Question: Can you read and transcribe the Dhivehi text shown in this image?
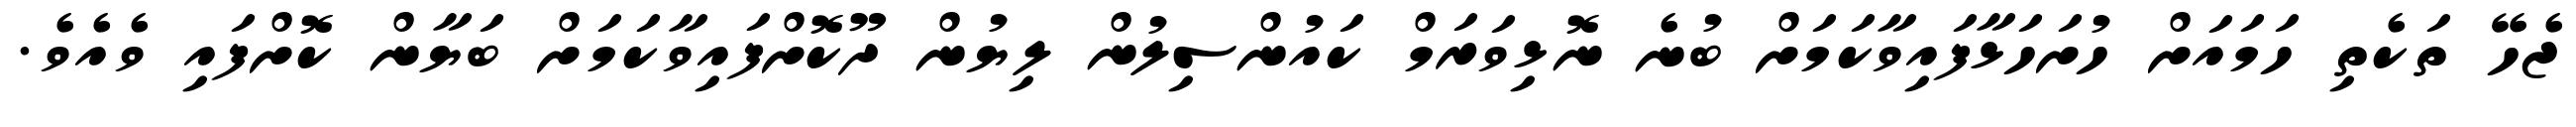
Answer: ޖެހޭ ތަކެތި ހަމައަށް ހުށަހަޅާފައިވާކަމަށް ބުނެ ނޮޅިވަރަމް ކައުންސިލުން ލިޔުން ދޫކޮށްފައިވާކަމަށް ބަޔާން ކޮށްފައި ވެއެވެ.